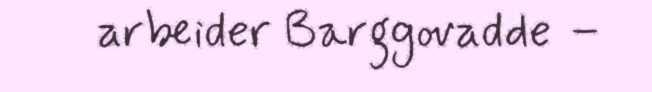
arbeider Barggovadde –